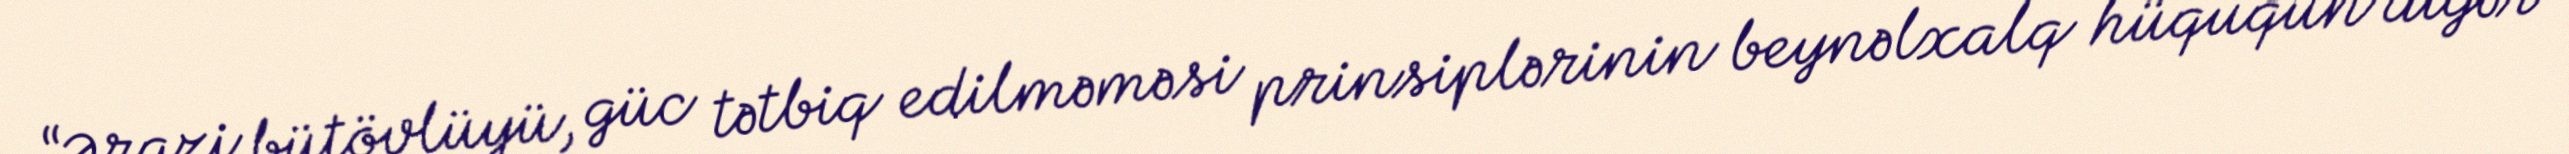
“Ərazi bütövlüyü, güc tətbiq edilməməsi prinsiplərinin beynəlxalq hüququn digər